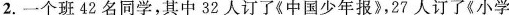
2.一个班42名同学，其中32人订了《中国少年报》，27人订了《小学